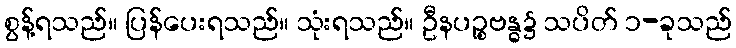
စွန့်ရသည်။ ပြန်ပေးရသည်။ သုံးရသည်။ ဦနပဉ္စဗန္ဓ၌ သပိတ် ၁-ခုသည်